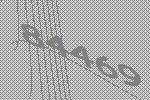
84469